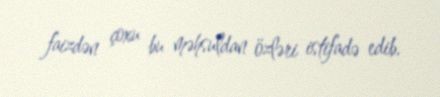
faizdən çoxu bu məhsuldan özləri istifadə edib.